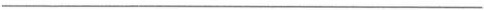
___